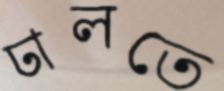
ঢালতে